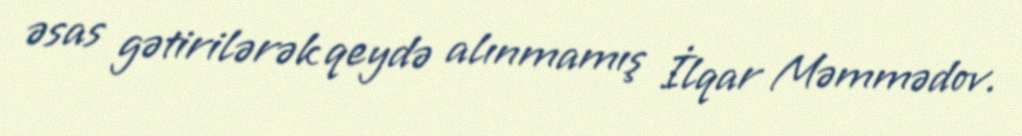
əsas gətirilərək qeydə alınmamış İlqar Məmmədov.